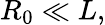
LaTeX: R_{0}\ll L,